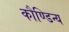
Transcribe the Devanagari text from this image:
कौण्डिन्य